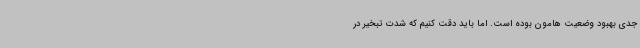
جدی بهبود وضعیت هامون بوده است. اما باید دقت کنیم که شدت تبخیر در